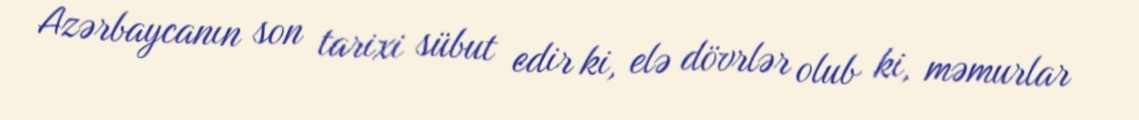
Azərbaycanın son tarixi sübut edir ki, elə dövrlər olub ki, məmurlar